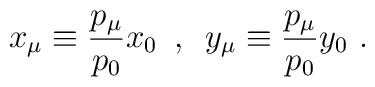
x_{\mu} \equiv \frac{p_{\mu}}{p_0}x_{0} \,\,\,,\,\,\,y_{\mu} \equiv \frac{p_{\mu}}{p_0}y_{0} \,\,.